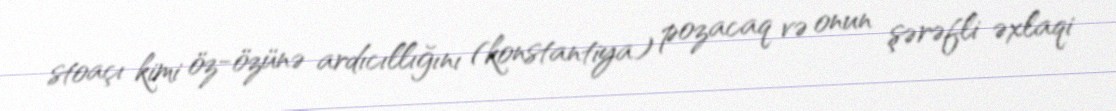
stoaçı kimi öz-özünə ardıcıllığını (konstantiya) pozacaq və onun şərəfli əxlaqi